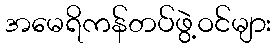
အမေရိကန်တပ်ဖွဲ့ဝင်များ